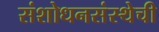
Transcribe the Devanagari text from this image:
संशोधनसंस्थेची